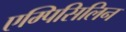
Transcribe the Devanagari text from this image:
एम्पिसिलिन